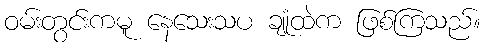
ဝမ်းတွင်းကမူ နေသေးသပ ချုံထဲက ဖြစ်ကြသည်။